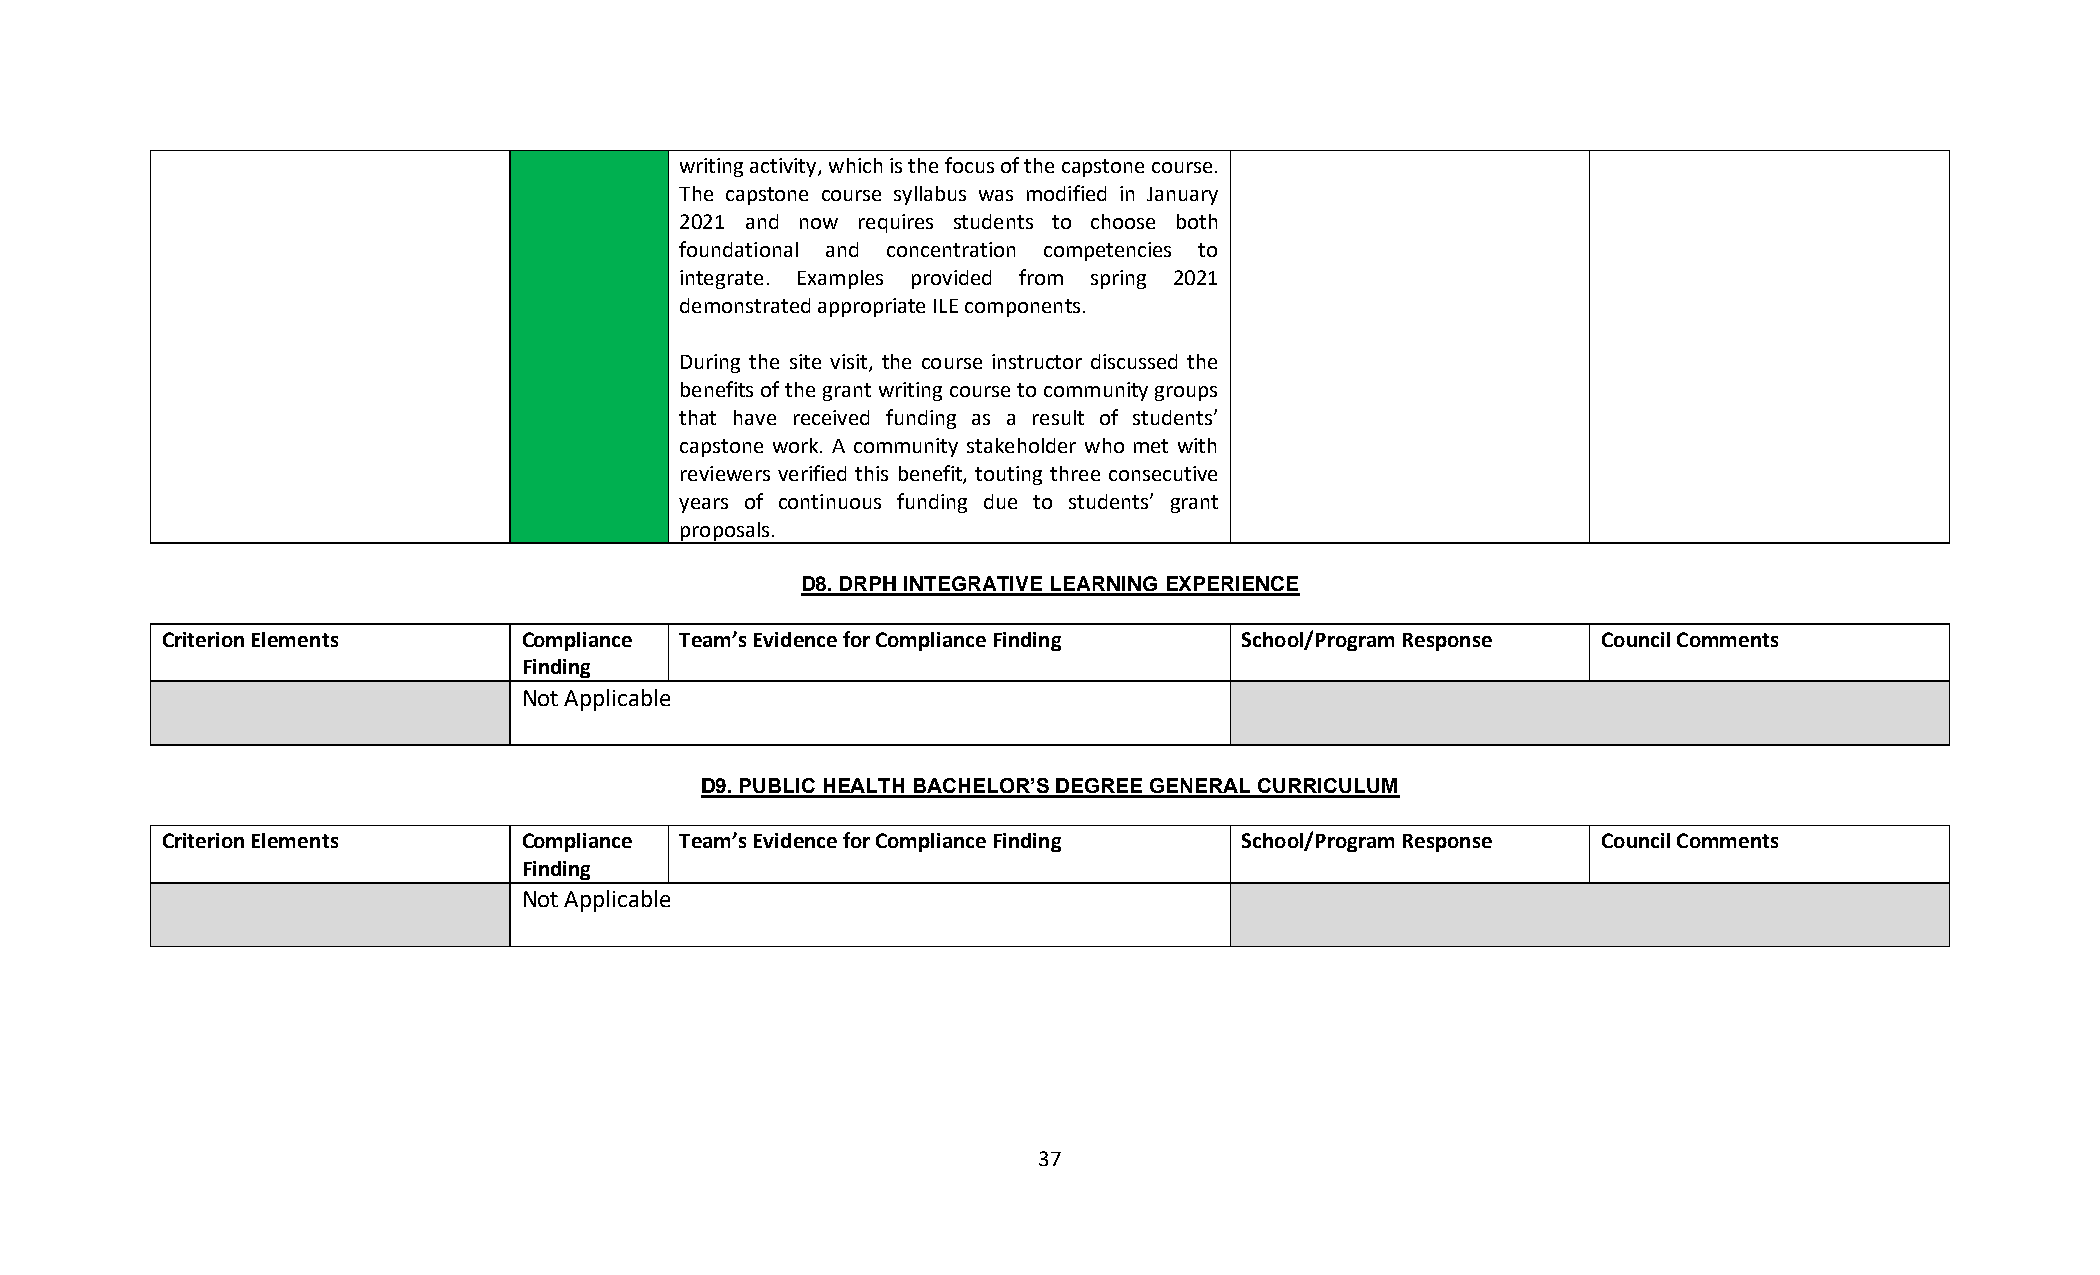
writing activity, which is the focus of the capstone course.
 The capstone course syllabus was modified in January
 2021 and now requires students to choose both
 foundational and concentration competencies to
 integrate. Examples provided from spring 2021
 demonstrated appropriate ILE components.
 During the site visit, the course instructor discussed the
 benefits of the grant writing course to community groups
 that have received funding as a result of students’
 capstone work. A community stakeholder who met with
 reviewers verified this benefit, touting three consecutive
 years of continuous funding due to students’ grant
 proposals.
 D8. DRPH INTEGRATIVE LEARNING EXPERIENCE
 Criterion Elements      Compliance Team’s Evidence for Compliance Finding School/Program Response Council Comments
 Finding
 Not Applicable
 D9. PUBLIC HEALTH BACHELOR’S DEGREE GENERAL CURRICULUM
 Criterion Elements      Compliance Team’s Evidence for Compliance Finding School/Program Response Council Comments
 Finding
 Not Applicable
 37